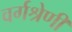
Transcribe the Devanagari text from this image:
वर्गश्रेणी